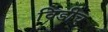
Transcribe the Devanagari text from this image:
विडीच